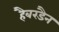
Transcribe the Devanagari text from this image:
हैबरडैन